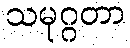
သမုဂ္ဂတာ